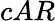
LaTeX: cAR